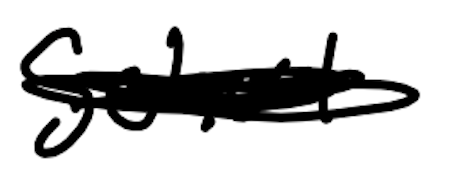
Text: School
Cross-out: scratch
Writing tool: digital_black